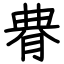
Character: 䐌